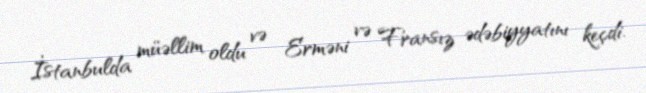
İstanbulda müəllim oldu və Erməni və Fransız ədəbiyyatını keçdi.